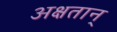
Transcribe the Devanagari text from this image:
अक्षतान्